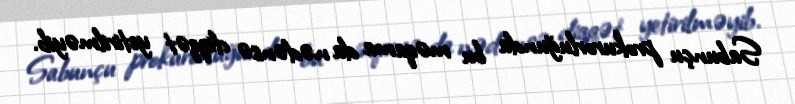
Sabunçu prokurorluğunda bu məqama da nədənsə diqqət yetirilməyib.